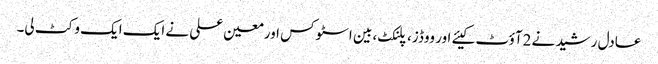
عادل رشید نے 2آؤٹ کیئے اور ووڈز، پلنکٹ، بین اسٹوکس اورمعین علی نے ایک ایک وکٹ لی۔